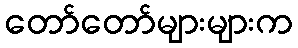
တော်တော်များများက